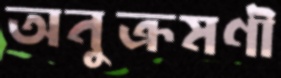
অনুক্রমণী